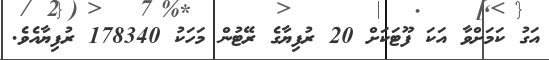
އަގު ކަމަށްވާ އަކަ ފޫޓަކަށް 20 ރުފިޔާގެ ރޭޓުން މަހަކު 178340 ރުފިޔާއެވެ.